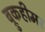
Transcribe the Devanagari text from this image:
ब्रुकहीमर